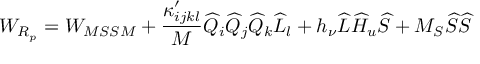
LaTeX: W _ { R _ { p } } = W _ { M S S M } + \frac { \kappa _ { i j k l } ^ { \prime } } { M } \widehat { Q } _ { i } \widehat { Q } _ { j } \widehat { Q } _ { k } \widehat { L } _ { l } + h _ { \nu } \widehat { L } \widehat { H } _ { u } \widehat { S } + M _ { S } \widehat { S } \widehat { S }